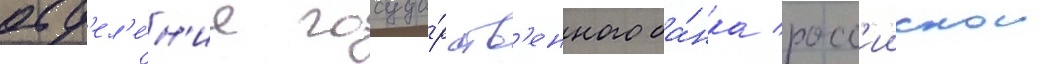
отд'ел'е́н'ие госуда́рств'енного ба́нка росс'иискои